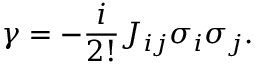
{ \gamma } = - \frac { i } { 2 ! } { \cal J } _ { i j } { \sigma } _ { i } { \sigma } _ { j } .